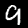
Label: 9